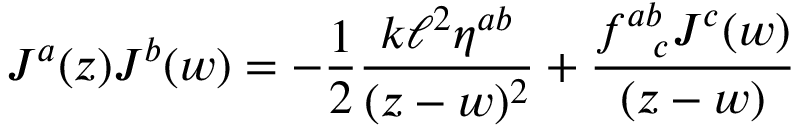
J ^ { a } ( z ) J ^ { b } ( w ) = - \frac { 1 } { 2 } \frac { k \ell ^ { 2 } \eta ^ { a b } } { ( z - w ) ^ { 2 } } + \frac { f _ { ~ ~ c } ^ { a b } J ^ { c } ( w ) } { ( z - w ) }